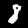
Label: 8